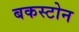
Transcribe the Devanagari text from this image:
बकस्टोन